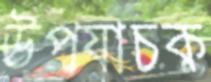
উপযাচক